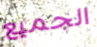
الجميع